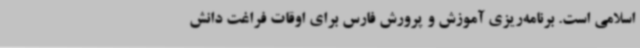
اسلامی است. برنامه‌ریزی آموزش و پرورش فارس برای اوقات فراغت دانش‌